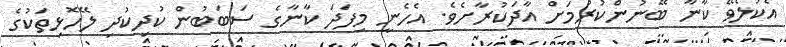
އެކުލެވޭ ކާނާ ބޭނުންކުރުމަށް އާދަކުރާށެވެ. އެހެނީ މިފަދަ ކާނާގެ ސަބަބުން ކުދިކުދި ލޭހޮޅިތަކުގެ